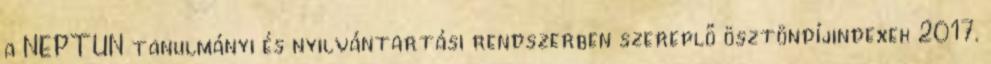
a NEPTUN tanulmányi és nyilvántartási rendszerben szereplő ösztöndíjindexek 2017.